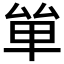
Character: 𠫹